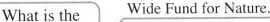
What is the Wide Fund for Nature.